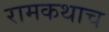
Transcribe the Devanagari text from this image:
रामकथाच